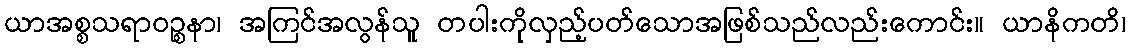
ယာအစ္စသရာဝဉ္စနာ၊ အကြင်အလွန်သူ တပါးကိုလှည့်ပတ်သောအဖြစ်သည်လည်းကောင်း။ ယာနိကတိ၊